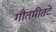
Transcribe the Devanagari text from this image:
गौतमीतटे